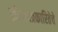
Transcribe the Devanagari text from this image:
क्रीडापत्रकारितेचे